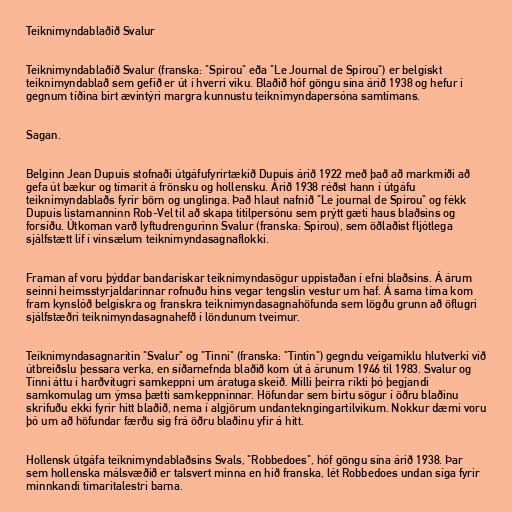
Teiknimyndablaðið Svalur

Teiknimyndablaðið Svalur (franska: "Spirou" eða "Le Journal de Spirou") er belgískt
teiknimyndablað sem gefið er út í hverri viku. Blaðið hóf göngu sína árið 1938 og hefur í
gegnum tíðina birt ævintýri margra kunnustu teiknimyndapersóna samtímans.

Sagan.

Belginn Jean Dupuis stofnaði útgáfufyrirtækið Dupuis árið 1922 með það að markmiði að
gefa út bækur og tímarit á frönsku og hollensku. Árið 1938 réðst hann í útgáfu
teiknimyndablaðs fyrir börn og unglinga. Það hlaut nafnið "Le journal de Spirou" og fékk
Dupuis listamanninn Rob-Vel til að skapa titilpersónu sem prýtt gæti haus blaðsins og
forsíðu. Útkoman varð lyftudrengurinn Svalur (franska: Spirou), sem öðlaðist fljótlega
sjálfstætt líf í vinsælum teiknimyndasagnaflokki.

Framan af voru þýddar bandarískar teiknimyndasögur uppistaðan í efni blaðsins. Á árum
seinni heimsstyrjaldarinnar rofnuðu hins vegar tengslin vestur um haf. Á sama tíma kom
fram kynslóð belgískra og franskra teiknimyndasagnahöfunda sem lögðu grunn að öflugri
sjálfstæðri teiknimyndasagnahefð í löndunum tveimur.

Teiknimyndasagnaritin "Svalur" og "Tinni" (franska: "Tintin") gegndu veigamiklu hlutverki við
útbreiðslu þessara verka, en síðarnefnda blaðið kom út á árunum 1946 til 1983. Svalur og
Tinni áttu í harðvítugri samkeppni um áratuga skeið. Milli þeirra ríkti þó þegjandi
samkomulag um ýmsa þætti samkeppninnar. Höfundar sem birtu sögur í öðru blaðinu
skrifuðu ekki fyrir hitt blaðið, nema í algjörum undantekngingartilvikum. Nokkur dæmi voru
þó um að höfundar færðu sig frá öðru blaðinu yfir á hitt.

Hollensk útgáfa teiknimyndablaðsins Svals, "Robbedoes", hóf göngu sína árið 1938. Þar
sem hollenska málsvæðið er talsvert minna en hið franska, lét Robbedoes undan síga fyrir
minnkandi tímaritalestri barna.